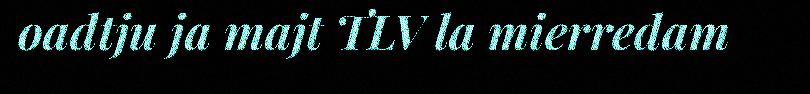
oadtju ja majt TLV la mierredam